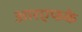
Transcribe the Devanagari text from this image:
आरएफके